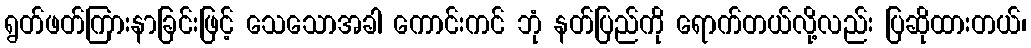
ရွတ်ဖတ်ကြားနာခြင်းဖြင့် သေသောအခါ ကောင်းကင် ဘုံ နတ်ပြည်ကို ရောက်တယ်လို့လည်း ပြဆိုထားတယ်၊